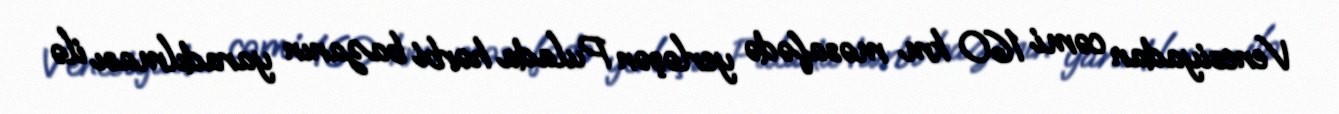
Venesiyadan cəmi 160 km məsafədə yerləşən Pulada hərbi bazanın yaradılması ilə